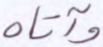
وآتاه